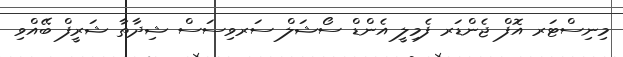
މިނިސްޓަރ އޮފް ޖެންޑަރ ފެމިލީ އެންޑް ސޯޝަލް ސަރވިސަސް ޝިދާތާ ޝަރީފް ބޭއްވި